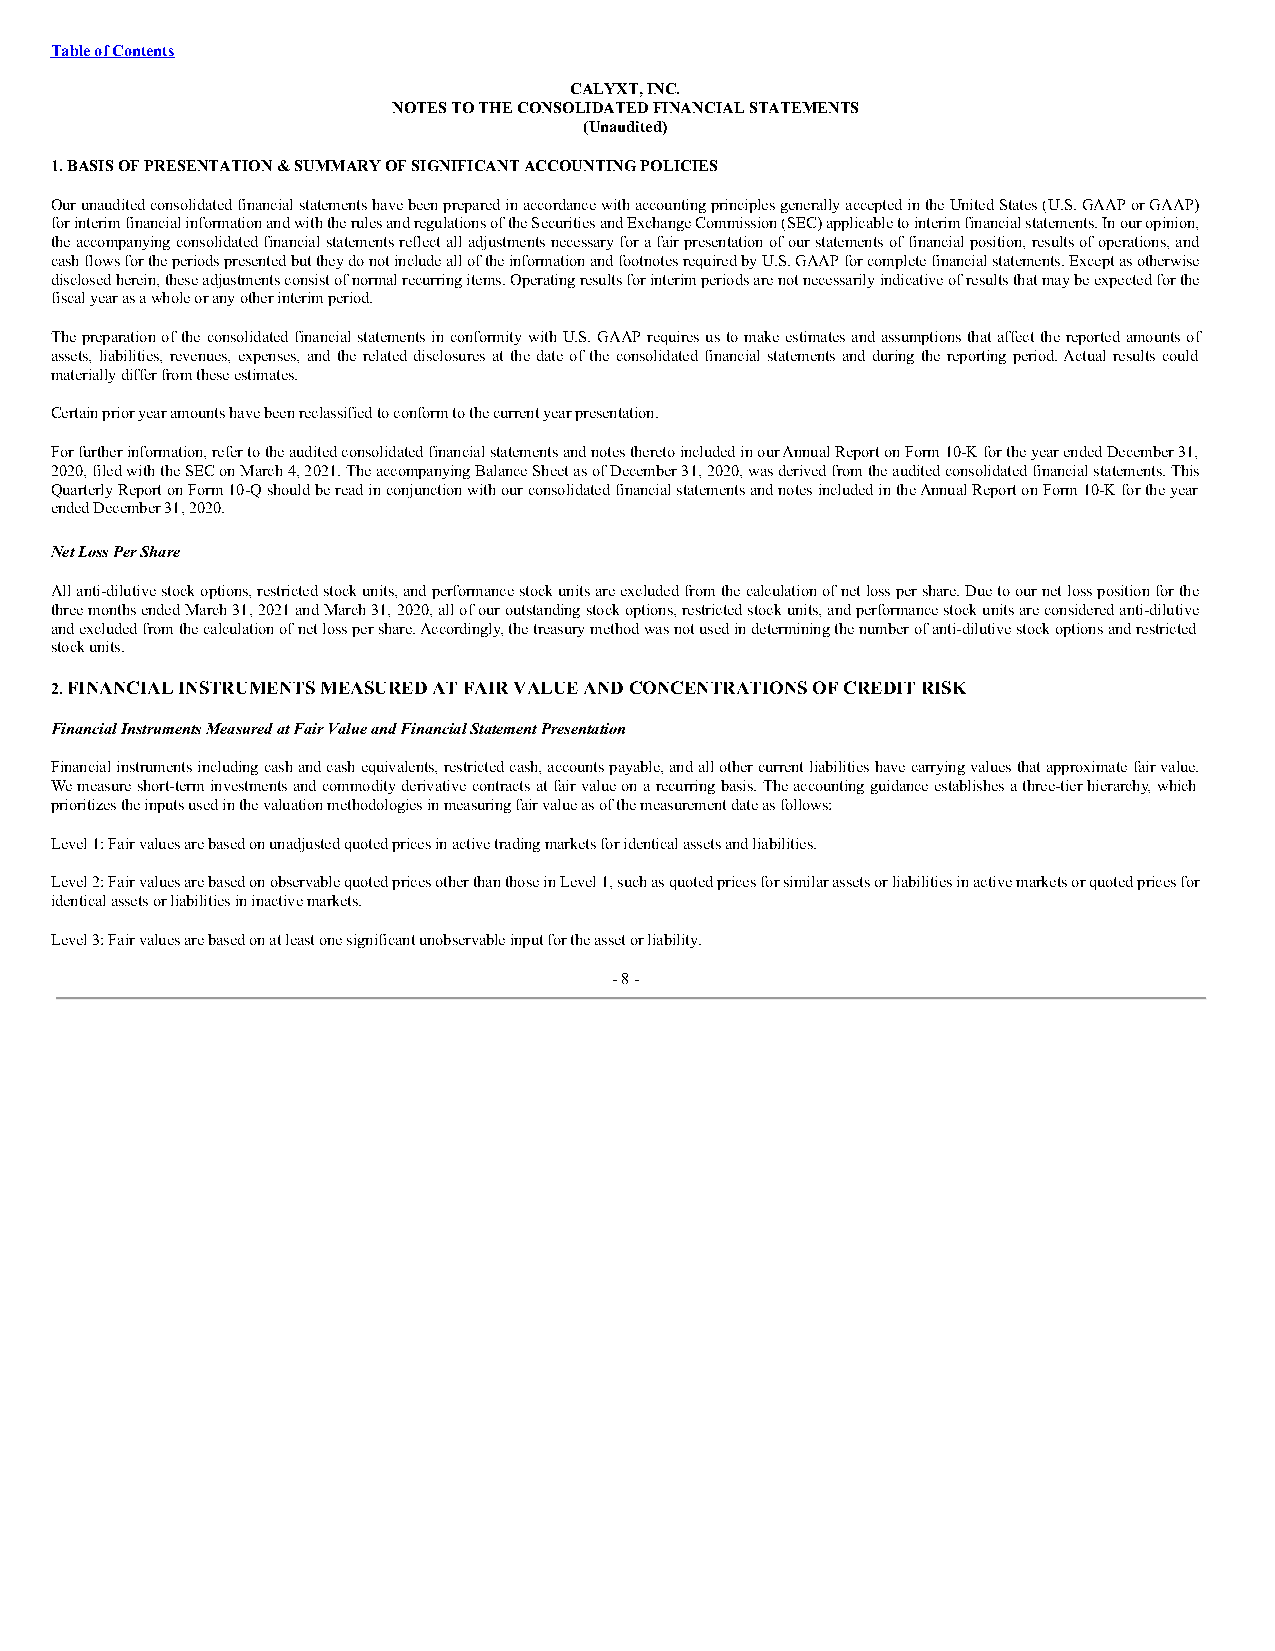
Table of Contents
 CALYXT, INC.
 NOTES TO THE CONSOLIDATED FINANCIAL STATEMENTS
 (Unaudited)
 1. BASIS OF PRESENTATION & SUMMARY OF SIGNIFICANT ACCOUNTING POLICIES
 Our unaudited consolidated financial statements have been prepared in accordance with accounting principles generally accepted in the United States (U.S. GAAP or GAAP)
 for interim financial information and with the rules and regulations of the Securities and Exchange Commission (SEC) applicable to interim financial statements. In our opinion,
 the accompanying consolidated financial statements reflect all adjustments necessary for a fair presentation of our statements of financial position, results of operations, and
 cash flows for the periods presented but they do not include all of the information and footnotes required by U.S. GAAP for complete financial statements. Except as otherwise
 disclosed herein, these adjustments consist of normal recurring items. Operating results for interim periods are not necessarily indicative of results that may be expected for the
 fiscal year as a whole or any other interim period.
 The preparation of the consolidated financial statements in conformity with U.S. GAAP requires us to make estimates and assumptions that affect the reported amounts of
 assets, liabilities, revenues, expenses, and the related disclosures at the date of the consolidated financial statements and during the reporting period. Actual results could
 materially differ from these estimates.
 Certain prior year amounts have been reclassified to conform to the current year presentation.
 For further information, refer to the audited consolidated financial statements and notes thereto included in our Annual Report on Form 10-K for the year ended December 31,
 2020, filed with the SEC on March 4, 2021. The accompanying Balance Sheet as of December 31, 2020, was derived from the audited consolidated financial statements. This
 Quarterly Report on Form 10-Q should be read in conjunction with our consolidated financial statements and notes included in the Annual Report on Form 10-K for the year
 ended December 31, 2020.
 Net Loss Per Share
 All anti-dilutive stock options, restricted stock units, and performance stock units are excluded from the calculation of net loss per share. Due to our net loss position for the
 three months ended March 31, 2021 and March 31, 2020, all of our outstanding stock options, restricted stock units, and performance stock units are considered anti-dilutive
 and excluded from the calculation of net loss per share. Accordingly, the treasury method was not used in determining the number of anti-dilutive stock options and restricted
 stock units.
 2. FINANCIAL INSTRUMENTS MEASURED AT FAIR VALUE AND CONCENTRATIONS OF CREDIT RISK
 Financial Instruments Measured at Fair Value and Financial Statement Presentation
 Financial instruments including cash and cash equivalents, restricted cash, accounts payable, and all other current liabilities have carrying values that approximate fair value.
 We measure short-term investments and commodity derivative contracts at fair value on a recurring basis. The accounting guidance establishes a three-tier hierarchy, which
 prioritizes the inputs used in the valuation methodologies in measuring fair value as of the measurement date as follows:
 Level 1: Fair values are based on unadjusted quoted prices in active trading markets for identical assets and liabilities.
 Level 2: Fair values are based on observable quoted prices other than those in Level 1, such as quoted prices for similar assets or liabilities in active markets or quoted prices for
 identical assets or liabilities in inactive markets.
 Level 3: Fair values are based on at least one significant unobservable input for the asset or liability.
 - 8 -